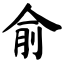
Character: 俞